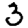
Digit: 3